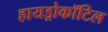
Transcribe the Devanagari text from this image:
हायड्रोकॉटिल